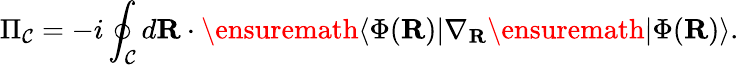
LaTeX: \Pi_{{\mathcal{C}}}=-i\oint_{{\mathcal{C}}}d{\mathbf{R}}\cdot\ensuremath{\langle{\Phi({\mathbf{R}})}\rvert}\nabla_{{\mathbf{R}}}\ensuremath{\lvert{\Phi({\mathbf{R}})}\rangle}.